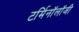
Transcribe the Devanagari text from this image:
टर्मिनॉलॉजी